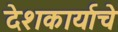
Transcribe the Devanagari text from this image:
देशकार्याचे